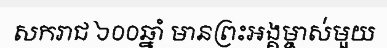
សករាជ ៦០០ឆ្នាំ មានព្រះអង្គម្ចាស់មួយ